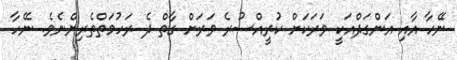
ނޭހާ އާއި އަންގަދްއަކީ ވަރަކަށް ކުރީއްސުރެ ވަރަށް ގާތް ދެ ރަހުމަތްތެރިންނެވެ. ނޭހާ